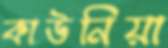
কাউনিয়া